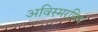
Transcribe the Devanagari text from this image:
अविस्मरणिय